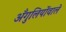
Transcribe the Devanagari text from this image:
अँगुलियोंवाले